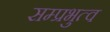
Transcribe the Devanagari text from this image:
सम्प्रभुत्व